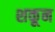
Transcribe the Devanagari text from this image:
शकून